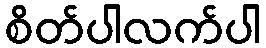
စိတ်ပါလက်ပါ